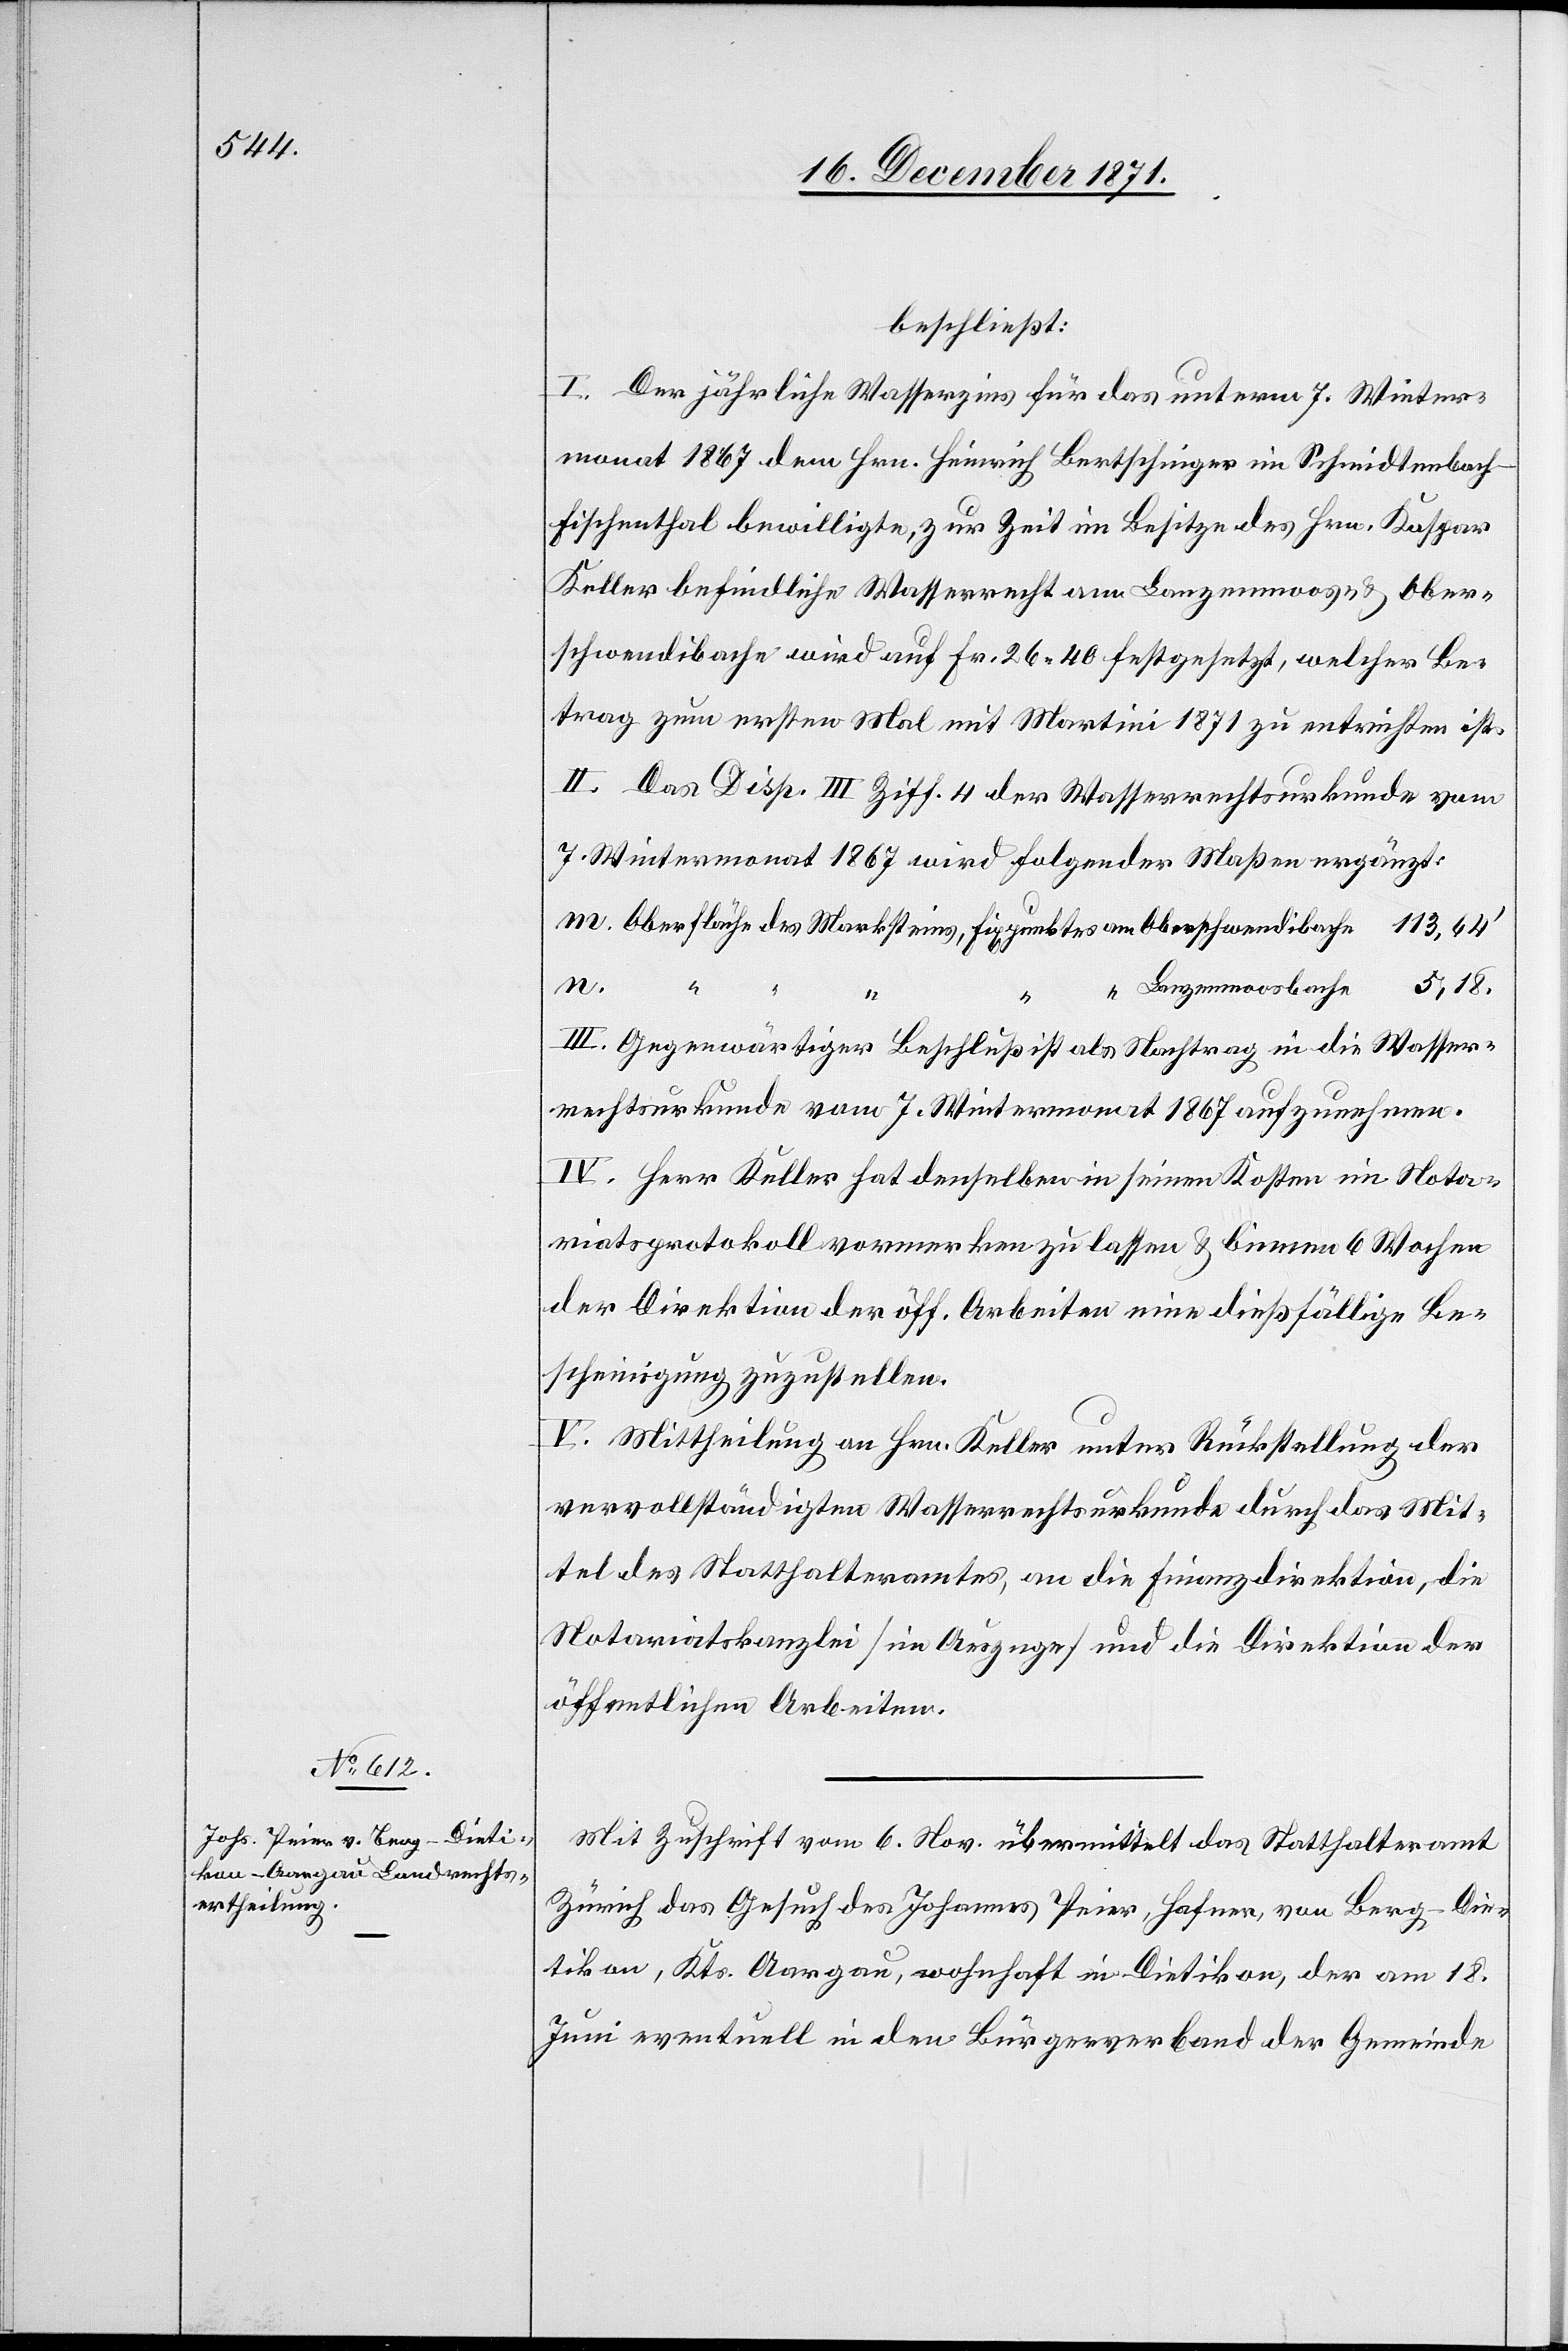
beschließt:
I. Der jährliche Wasserzins für das unterm 7. Winter¬
monat 1867 dem Hrn. Heinrich Bertschinger im Schmidtenbac¬
h-Fischenthal bewilligte, zur Zeit im Besitze des Hrn. Kaspar
Keller befindliche Wasserrecht am Lanzenmoos- & Ober¬
schwendibache wird auf Fr. 26.40 festgesetzt, welcher Be¬
trag zum ersten Mal mit Martini 1871 zu entrichten ist.
II. Das Disp. III Ziff. 4 der Wasserrechtsurkunde vom
7. Wintermonat 1867 wird folgender Maßen ergänzt:
m. Oberfläche des Marksteins, Fixpunkte am Oberschwendibache 113,64’
Lanzenmoosbache 5,18.
III. Gegenwärtiger Beschluß ist als Nachtrag in die Wasser¬
rechtsurkunde vom 7. Wintermonat 1867 aufzunehmen.
IV. Herr Keller hat denselben in seinen Kosten im Nota¬
riatsprotokoll vormerken zu lassen & binnen 6 Wochen
der Direktion der öff. Arbeiten eine dießfällige Be¬
scheinigung zuzustellen.
V. Mittheilung an Hrn. Keller unter Rückstellung der
vervollständigten Wasserrechtsurkunde durch das Mit¬
tel des Statthalteramtes, an die Finanzdirektion, die
Notariatskanzlei [im Auszuge] und die Direktion der
öffentlichen Arbeiten.
Mit Zuschrift vom 6. Nov. übermittelt das Statthalteramt
Zürich das Gesuch des Johannes Peier, Hafner, von Berg-Die¬
tikon, Kts. Aargau, wohnhaft in Dietikon, der am 18.
Juni eventuell in den Bürgerverband der Gemeinde